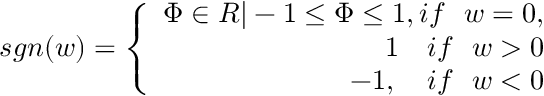
\begin{array} { r } { s g n ( w ) = \left\{ \begin{array} { r } { \Phi \in R | - 1 \leq \Phi \leq 1 , i f \ \ w = 0 , } \\ { 1 \ \ \ i f \ \ w > 0 } \\ { - 1 , \ \ \ i f \ \ w < 0 } \end{array} \right. } \end{array}